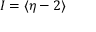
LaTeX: I = \langle \eta - 2 \rangle